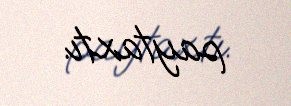
paytaxtı.